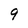
Character: 9